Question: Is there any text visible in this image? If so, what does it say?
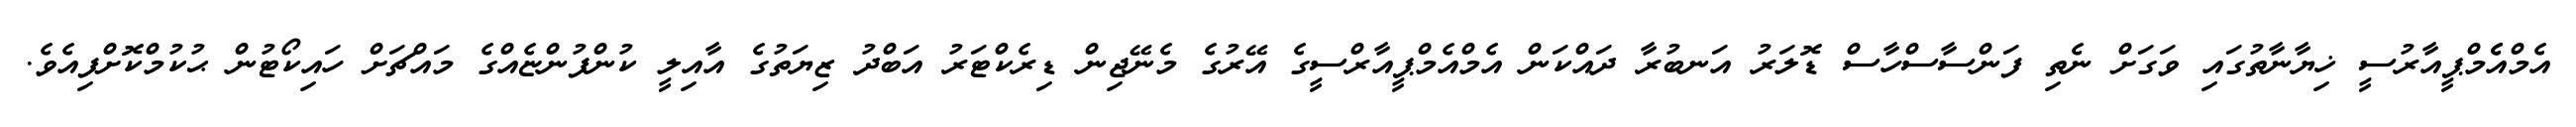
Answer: އެމްއެެމްޕީއާރުސީ ޚިޔާނާތުގައި ވަގަށް ނެތި ފަންސާސްހާސް ޑޮލަރު އަނބުރާ ދައްކަން އެމްއެމްޕީއާރްސީގެ އޭރުގެ މެނޭޖިން ޑިރެކްޓަރު އަބްދު ޒިޔަތުގެ އާއިލީ ކުންފުންޏެއްގެ މައްޗަށް ހައިކޯޓުން ޙުކުމްކޮށްފިއެވެ.